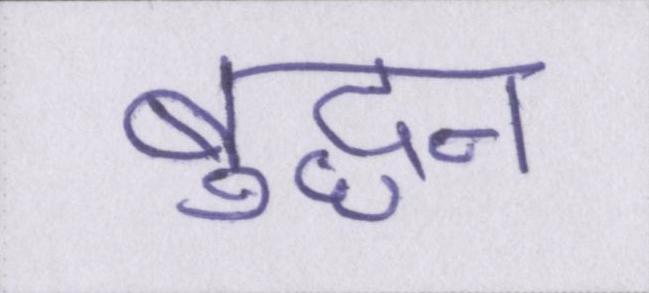
बुद्धन